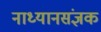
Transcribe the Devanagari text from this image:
नाध्यानसंज्ञक